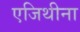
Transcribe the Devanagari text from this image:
एजिथीना